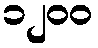
၁၂၀၀